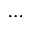
\cdots